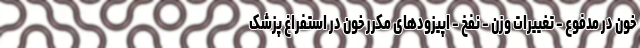
خون در مدفوع - تغییرات وزن - نفخ - اپیزودهای مکرر خون در استفراغ پزشک